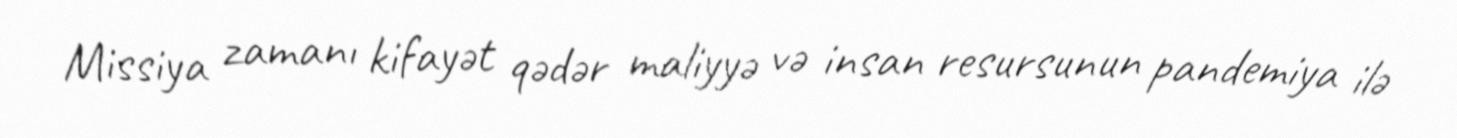
Missiya zamanı kifayət qədər maliyyə və insan resursunun pandemiya ilə